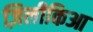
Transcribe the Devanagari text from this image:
ज़िलीकिआ